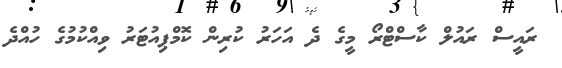
ރައީސް ރައުލް ކާސްޓްރޯ މީގެ ދެ އަހަރު ކުރިން ކޮމްޕިއުޓަރު ވިއްކުމުގެ ހުއްދެ